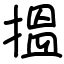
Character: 搵